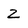
Character: Z